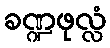
ခဏ္ဍဖုလ္လံ